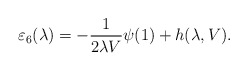
\begin{align*}\varepsilon_{6}(\lambda)=-\frac{1}{2\lambda V}\psi(1)+h(\lambda,V).\end{align*}